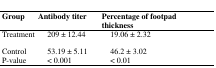
<table><thead><tr><td><b>Group</b></td><td><b>Antibody titer</b></td><td><b>Percentage of footpad thickness</b></td></tr></thead><tbody><tr><td>Treatment</td><td>209 ± 12.44</td><td>19.06 ± 2.32 </td></tr><tr><td>Control</td><td>53.19 ± 5.11</td><td>46.2 ± 3.02</td></tr><tr><td>P-value</td><td>&lt; 0.001</td><td>&lt; 0.01</td></tr></tbody></table>